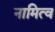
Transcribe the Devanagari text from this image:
नामित्व